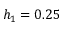
h _ { 1 } = 0 . 2 5